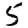
Digit: 5